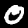
Label: 0